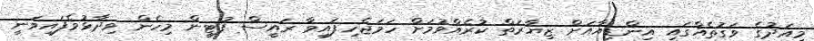
މިއަދުގެ ވަގުތެއްގައި އިންޑިއާއަށް ޒިޔާރަތް ކުރެއްވުމަށް ހަމަޖެހިފައިވާ ރައީސް ޕުޓީން މިހެން ވިދާޅުވެފައިވަނީ